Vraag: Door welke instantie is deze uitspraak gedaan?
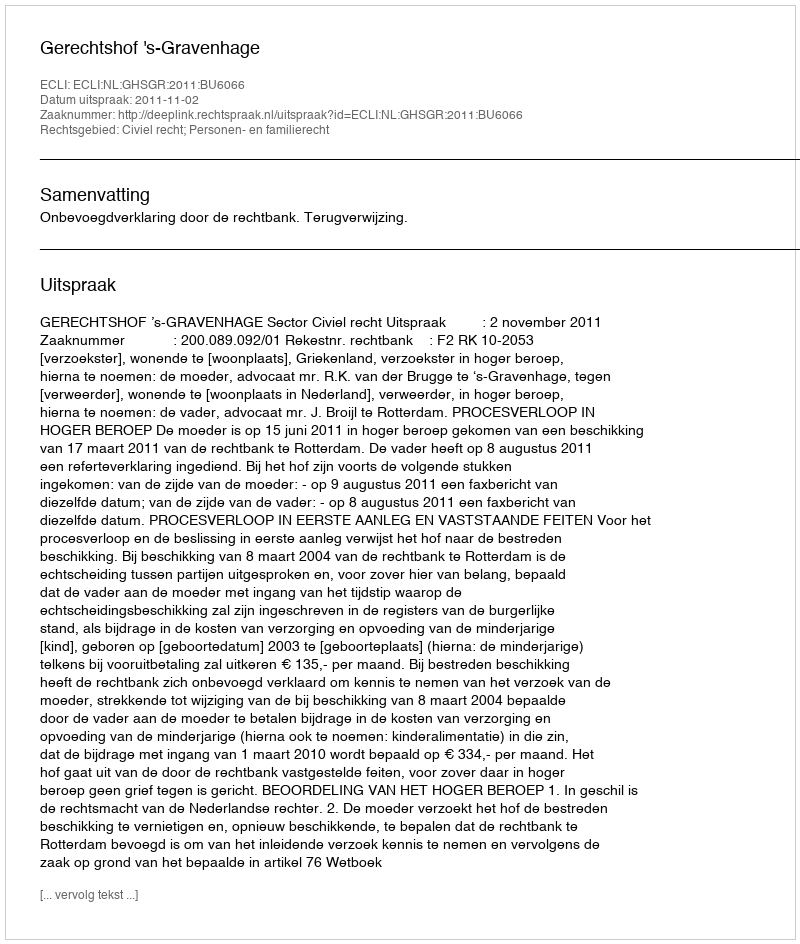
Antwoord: Gerechtshof 's-Gravenhage